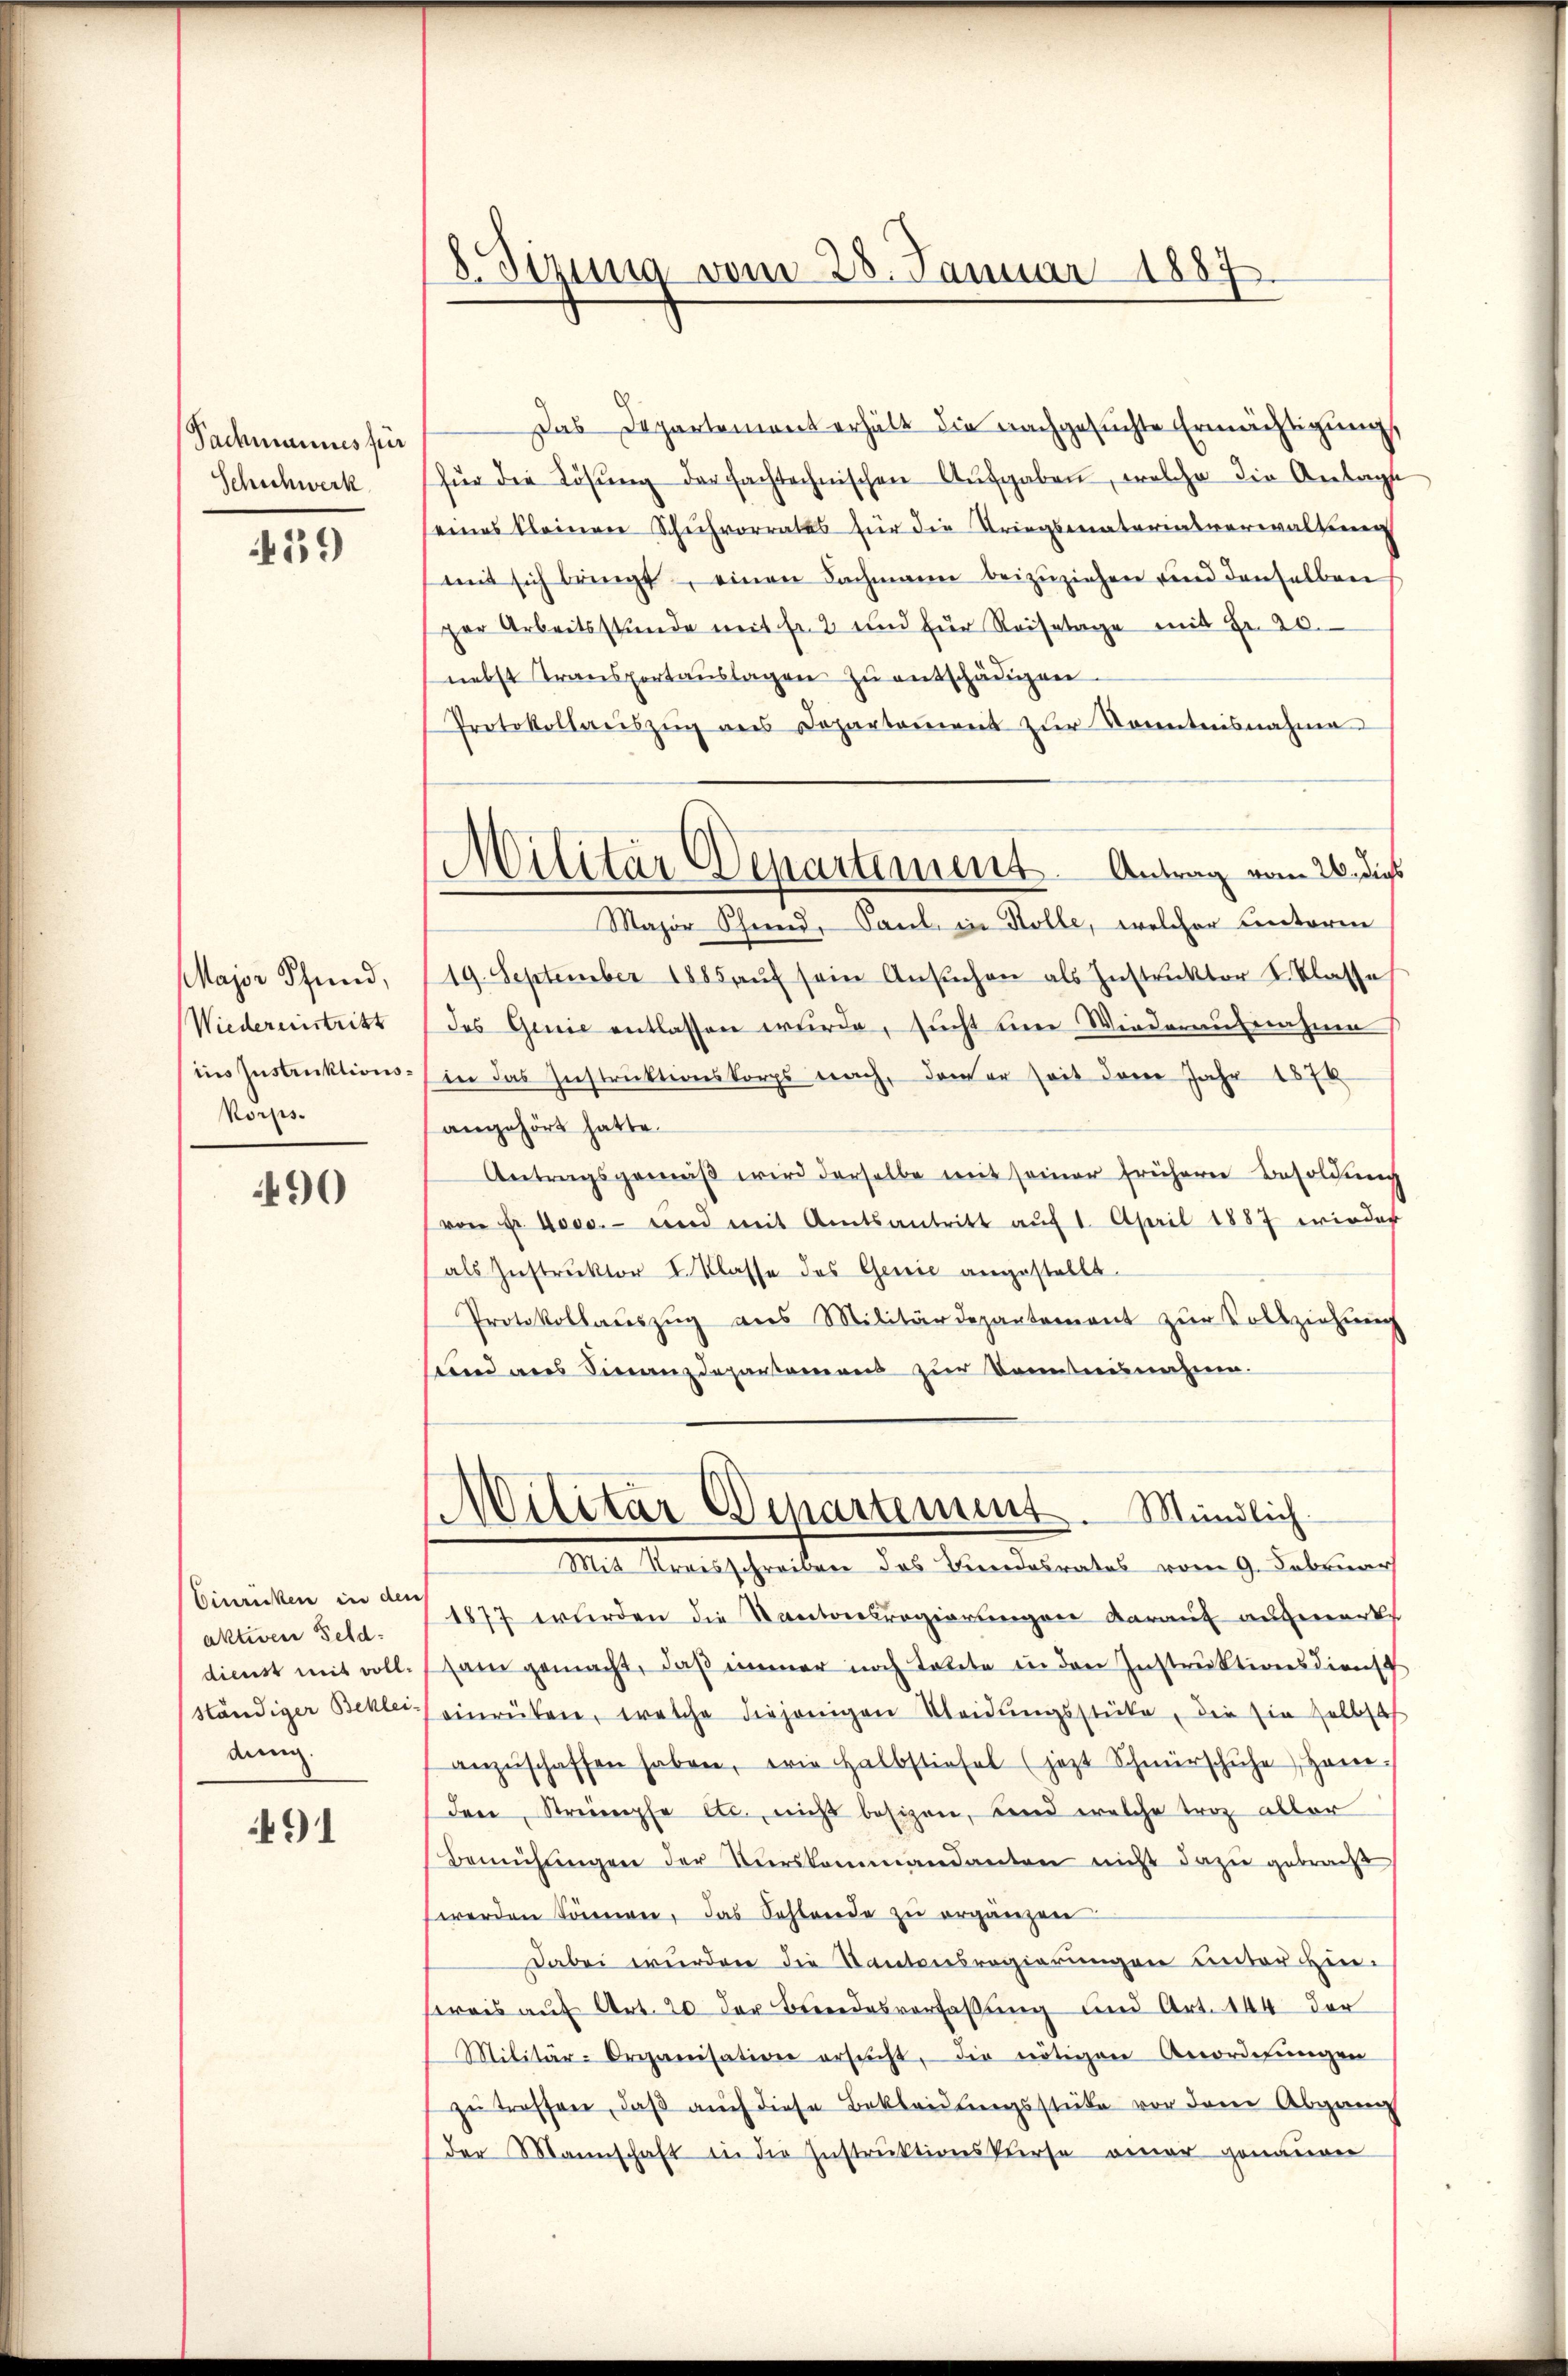
Sachmannes für
Schichwerk

459

Major Pfund,
Wiedereinstritt
ins Instruktionskorps.

490

Einrücken in den
aktiven Feld:
dienst mit voll-
ständiger Beklei-
dung

491

s
d
tzung vom 28. Januar 1887.

Das Departement erhält die nachgesuchte Ermächtigung,
für die Lösung der fachtechnischen Aŭsgaben, welche die Anlagte
eines kleinen Schuchvorrates für die Kriegsmaterinsverwaltung
mit sich bringt, einen Fachmann beizŭziehen und denselben
ger Arbeitsstunde mit Fr. 2 und für Reisetage mit Fr. 20.
nebst Transportauslagen zu entschädigen
Protokollaŭszŭg ans Departament zŭr Sonntnisnahme
Major Schend, Paul in Holle, welcher Centoren
19. September 1885 aŭf sein Ansŭchen als Instruktor I. Klasse
des Genie entlassen wurde, sucht eine Wiederaufnahme
in das Instruktionskorps nach, dener Zeit der Jahr 1878
angehört hatte.
Antragsgemäβ wird derselbe mit seiner frühere Besoldung
(von Fr. Boss. - und mit Amtsantritt auf 1. April 1887 erinder
als Instruktor I. Klasse des Genie angestellt.
Protokollaŭszŭg ans Militärdepartement zŭr Vollziehung
und aus Finanzdepartemens zur Kenntnisnahm.
Militar Departement. Mündlich
Mit Kreisschreiben des Brandesrates vom 9. Februar
11877 wurden die Kantonsregierungen darauf angewarte
sam gemacht, daß immer noch Totete in den Instruktionsdienst
einrüken, welche diejenigen Kleidŭngsstücke, die sie selbst
anzŭschaffen haben, wie Halbstiefel (jetzt Schnürschuhe, Hane
den Strümpfe etc. nicht besizen, und welche troz aller
Bemühŭngen der Tŭrskommandanten nicht dazu gebracht
werden können, das Sohlende zu ergänzen
Dabei wurden die Kantonsregierungen unter Hin-
weis auf Art. 20 der Brendesverfaßung und Art. 144 der
Militär-Organisation ersŭcht, die nötigen Anordnŭngen
zu treffen, daß auch diese Bekleidungsstücke vor dem Abgang
der Mannschaft in die Instrŭktionsklerse einer genaŭen

Militär Departement. Antrag vom 26. dieß